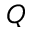
Q